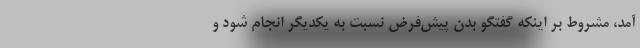
آمد، مشروط بر اینکه گفتگو بدن پیش‌فرض نسبت به یکدیگر انجام شود و